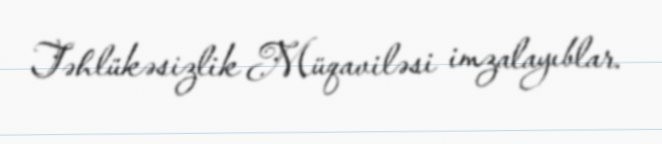
Təhlükəsizlik Müqaviləsi imzalayıblar.